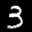
Label: 3